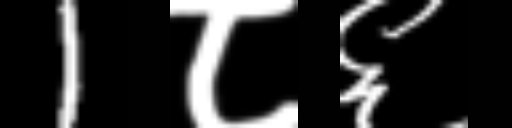
Text: 1८६